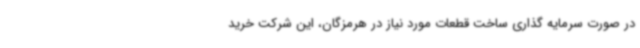
در صورت سرمایه گذاری ساخت قطعات مورد نیاز در هرمزگان، این شرکت خرید